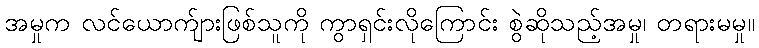
အမှုက လင်ယောက်ျားဖြစ်သူကို ကွာရှင်းလိုကြောင်း စွဲဆိုသည့်အမှု၊ တရားမမှု။